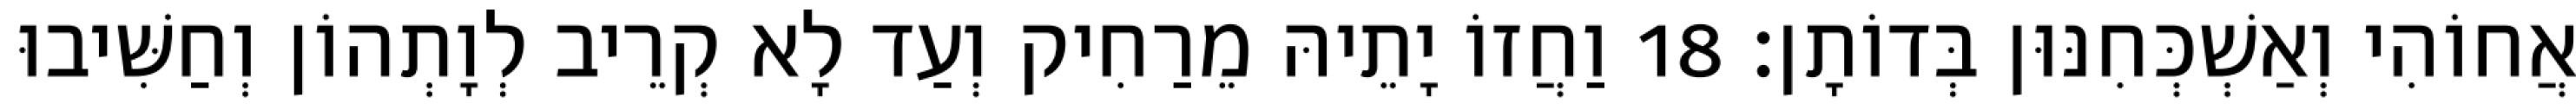
אֲחוֹהִי וְאַשְׁכְּחִנּוּן בְּדוֹתָן׃ 18 וַחֲזוֹ יָתֵיהּ מֵרַחִיק וְעַד לָא קְרֵיב לְוָתְהוֹן וְחַשִּׁיבוּ